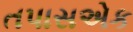
તપાસએક